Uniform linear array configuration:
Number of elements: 12
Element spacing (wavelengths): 0.5
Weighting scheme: binomial
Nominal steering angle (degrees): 60
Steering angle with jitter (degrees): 60.271
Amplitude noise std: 0.05
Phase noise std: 0.05

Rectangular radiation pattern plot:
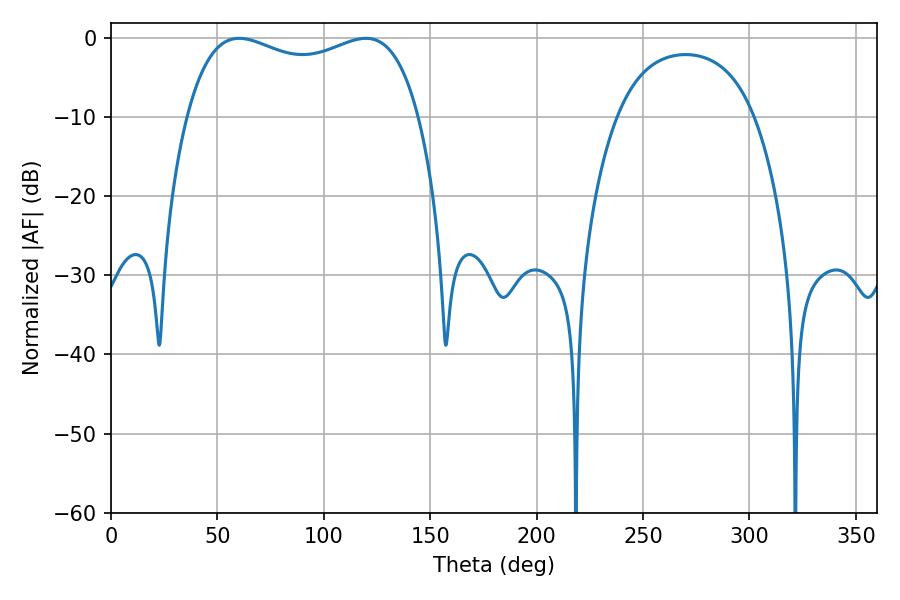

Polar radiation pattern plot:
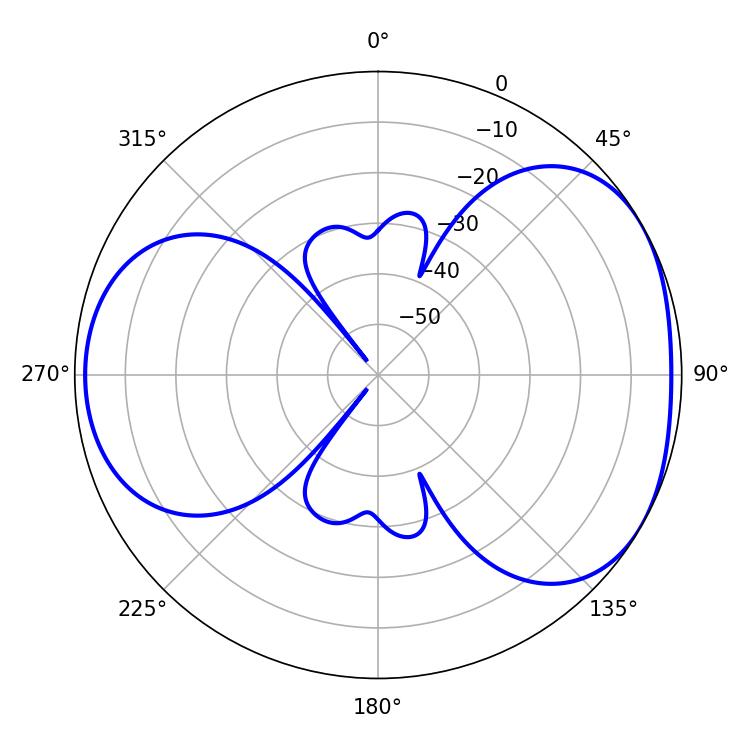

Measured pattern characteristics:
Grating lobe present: FALSE
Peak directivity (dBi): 4.39
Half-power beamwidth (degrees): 89.64
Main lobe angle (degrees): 60.12